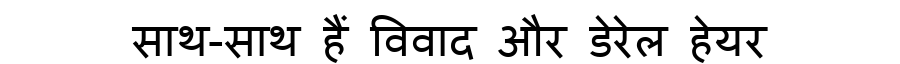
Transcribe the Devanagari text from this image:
साथ-साथ हैं विवाद और डेरेल हेयर